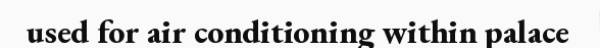
used for air conditioning within palace